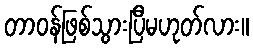
တာဝန်ဖြစ်သွားပြီမဟုတ်လား။